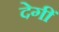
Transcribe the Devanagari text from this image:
देगीं